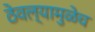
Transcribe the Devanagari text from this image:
ठेवल्यामुळेच